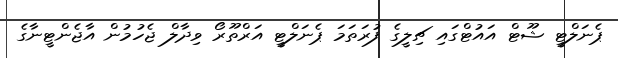
ޕެނަލްޓީ ޝޫޓް އައުޓްގައި ޗިލީގެ ފުރަތަމަ ޕެނަލްޓީ އަރްތޫރޯ ވިދާލް ޖެހުމުން އާޖެންޓީނާގެ